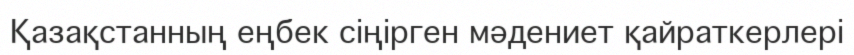
Қазақстанның еңбек сіңірген мәдениет қайраткерлері